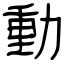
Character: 動